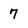
Character: 7